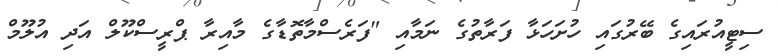
ސިޓީއުރައިގެ ބޭރުގައި ހުށަހަޅާ ފަރާތުގެ ނަމާއި "ފަރެސްމާތޮޑާގެ މާއިރާ ޕްރީސްކޫލް އަދި އުލޫމް